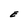
Character: E